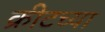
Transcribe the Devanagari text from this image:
क्रीटच्या